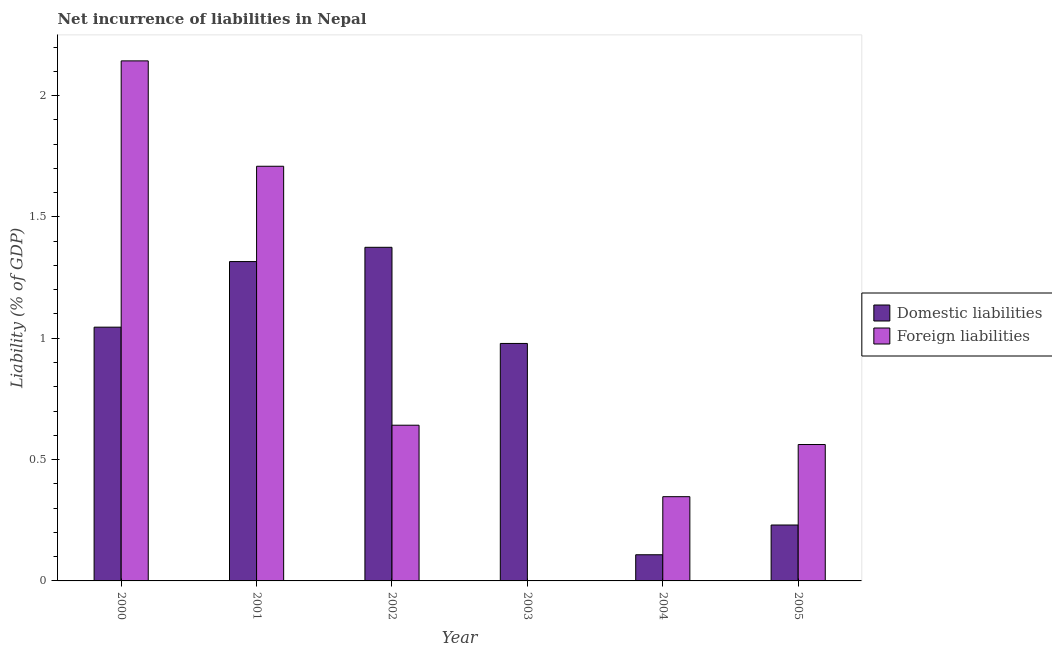
| Year | Domestic liabilities | Foreign liabilities |
 | --- | --- | --- |
 | 2000 | 1.05 | 2.14 |
 | 2001 | 1.32 | 1.71 |
 | 2002 | 1.37 | 0.642 |
 | 2003 | 0.979 | -0.193 |
 | 2004 | 0.108 | 0.347 |
 | 2005 | 0.23 | 0.562 |